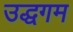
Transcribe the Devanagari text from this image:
उद्धगम